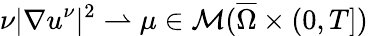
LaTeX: \nu|\nabla u^{\nu}|^{2}\rightharpoonup\mu\in\mathcal{M}(\overline{{\Omega}}\times(0,T])